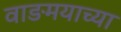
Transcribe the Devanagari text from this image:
वाङमयाच्या